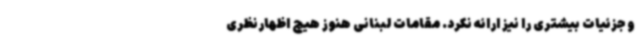
و جزئیات بیشتری را نیز ارائه نکرد. مقامات لبنانی هنوز هیچ اظهارنظری